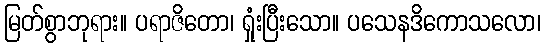
မြတ်စွာဘုရား။ ပရာဇိတော၊ ရှုံးပြီးသော။ ပသေနဒိကောသလော၊